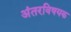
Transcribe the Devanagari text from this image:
अंतरविषयक